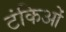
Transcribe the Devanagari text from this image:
टंकिओं